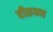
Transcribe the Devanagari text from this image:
वीरूपण